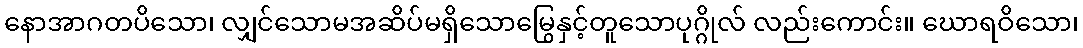
နောအာဂတပိသော၊ လျှင်သောမအဆိပ်မရှိသောမြွေနှင့်တူသောပုဂ္ဂိုလ် လည်းကောင်း။ ဃောရဝိသော၊